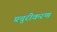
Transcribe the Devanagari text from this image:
प्रचुरीकरण